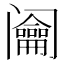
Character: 𨸎